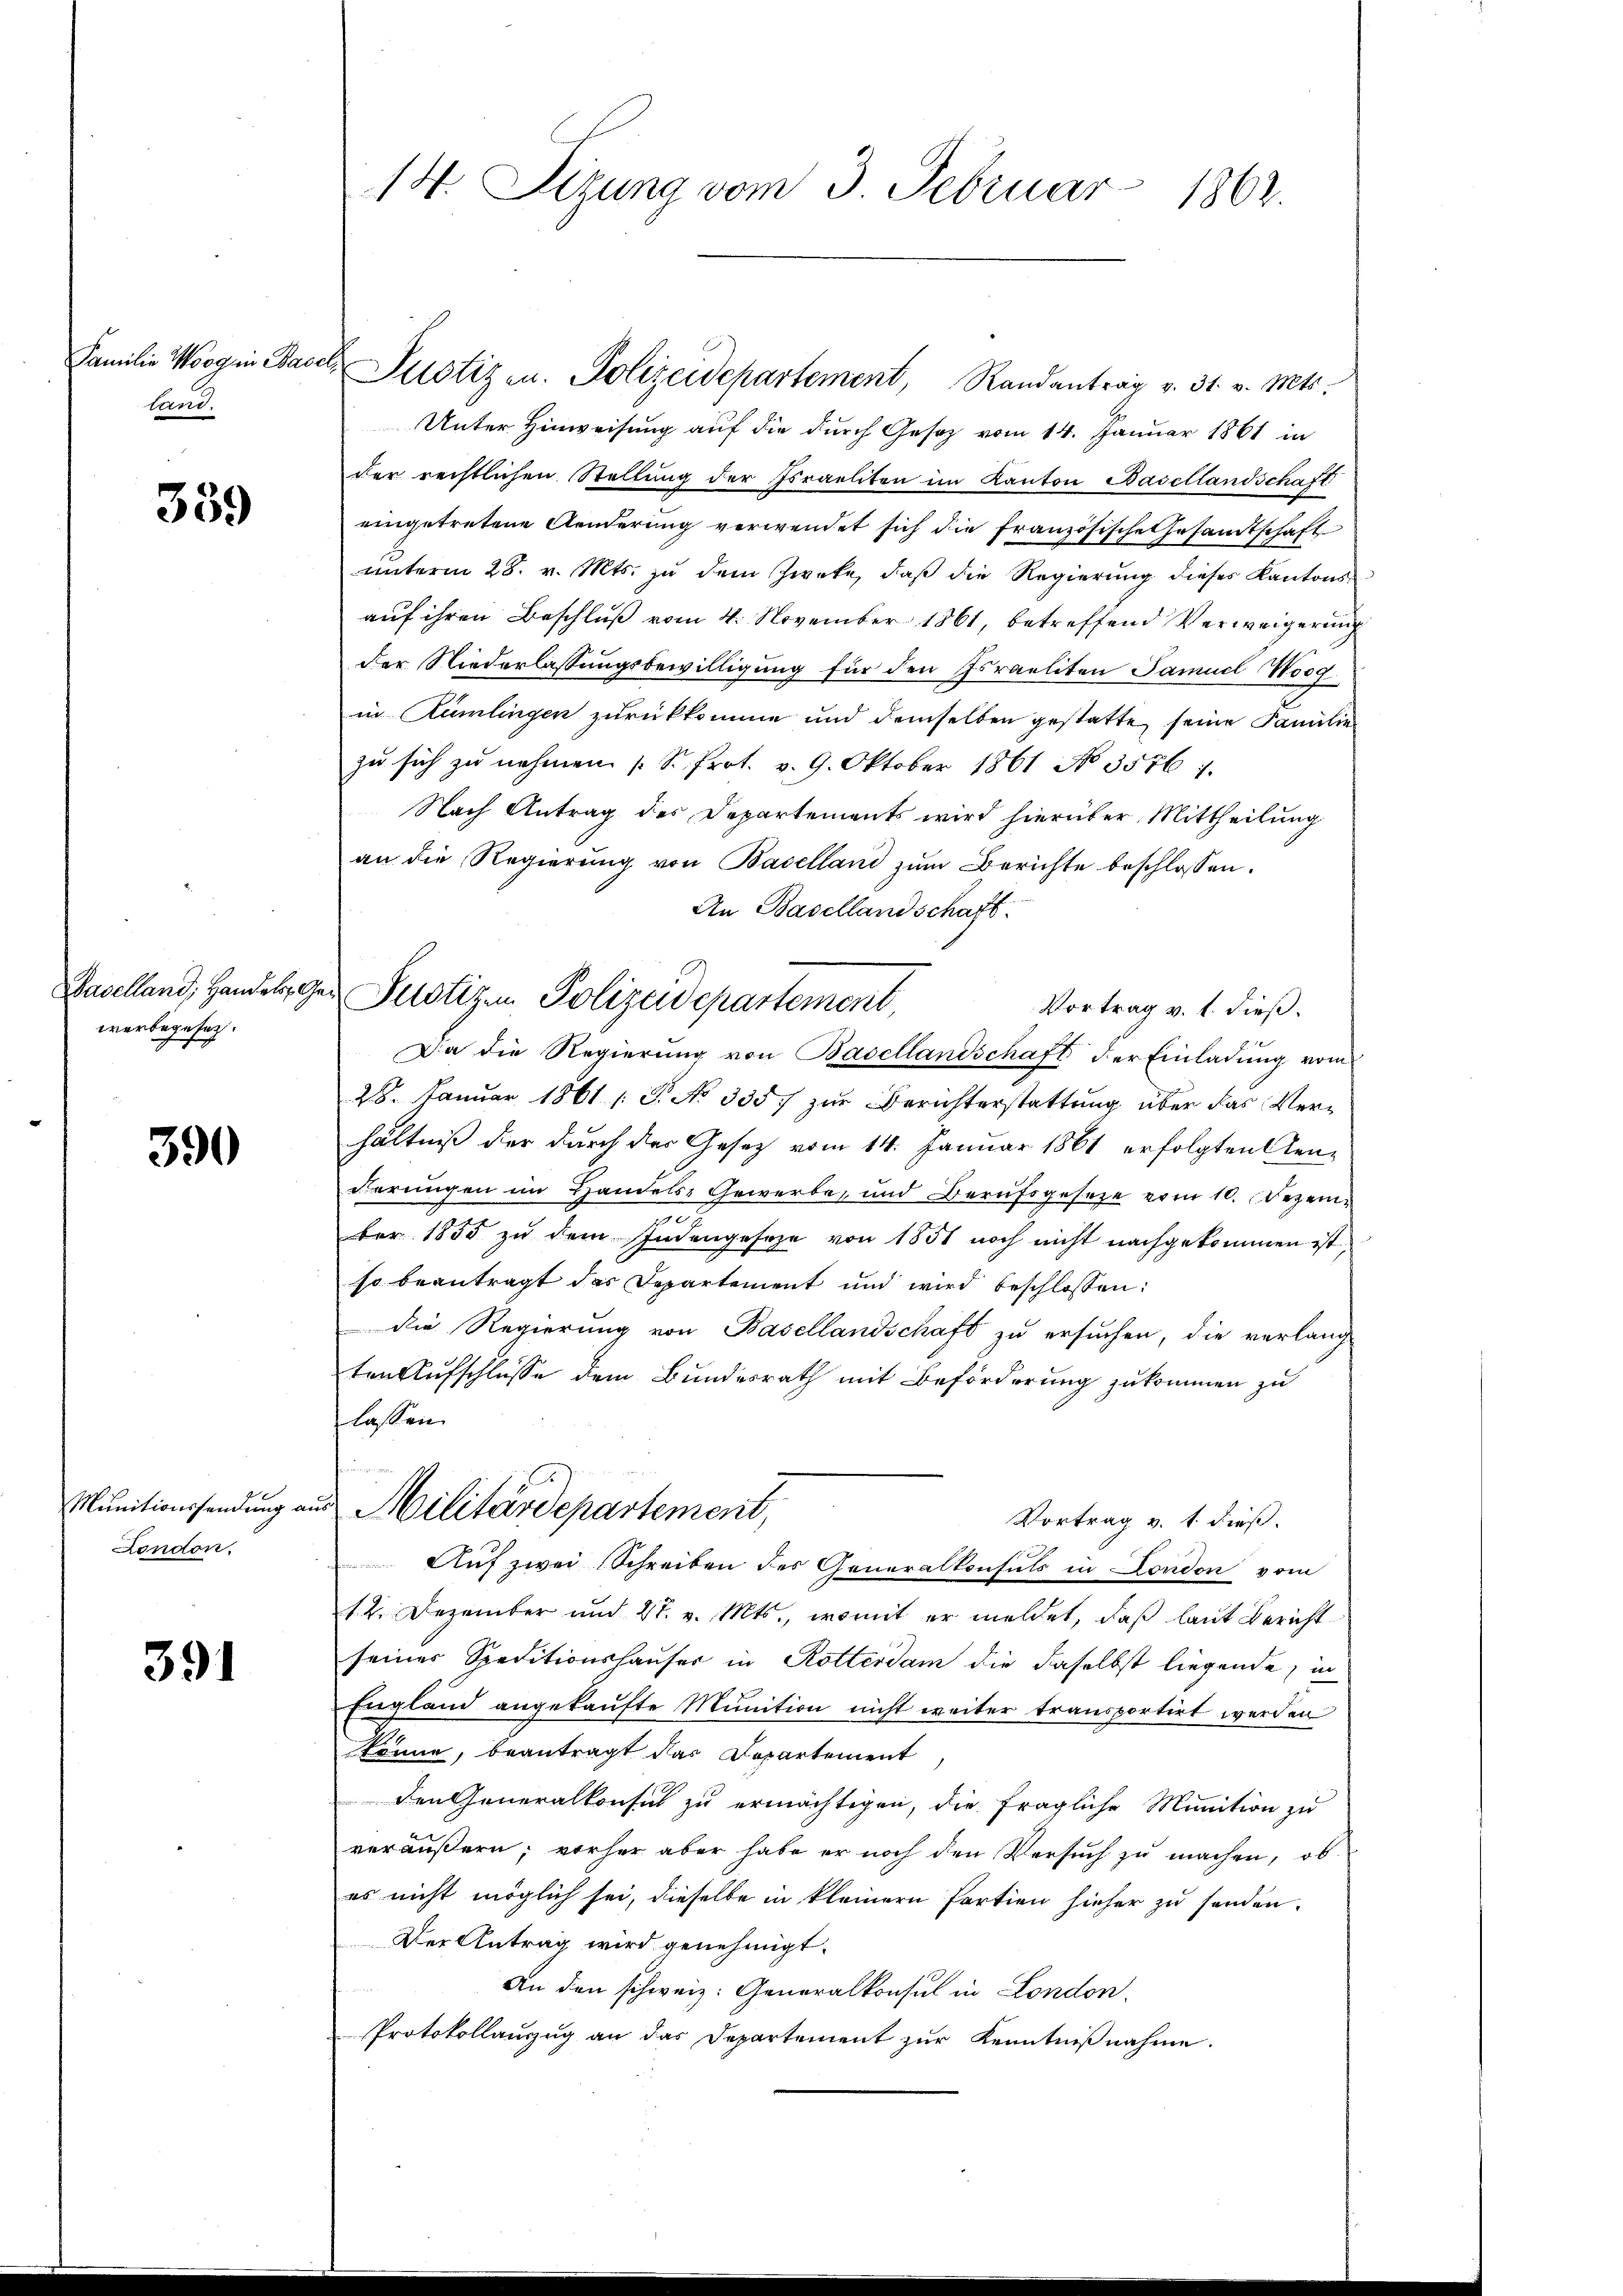
Familie Morgen Bac
land.

339

Baselland, Handels Ge
werbegesetz.

390

Munitionssendung am
London.

391

14. Sizung vom 3. Februar 1862.

u Pustiz u. Polizeidepartement, Randantrag v. 31. v. Mts.
Unter Hinweisung auf die durch Gesetz vom 14. Januar 1861 in
der rechtlichen Stellŭng der Israeliten im Kanton Basellandschaft
eingetretene Aenderung verwendet sich die französische Gesamtschaft
unterm 28. v. Mts. zu dem Zweke, daß die Regierung dieses Kantons
auf ihren Beschluß vom 4. November 1861, betreffend Verweigerung
der Niederlassungsbewilligung für den Israeliten Samuel Woog
in Rümlingen zurückkomme und demselben gestatte seine Familie
zu sich zu nehmen (S. Prot. v. 9. Oktober 1861 No 3576 1.
Nach Antrag des Departements wird hierüber Mittheilung
an die Regierung von Baselland zum Berichte beschlossen:
An Basellandschaft.
Vortrag v. 1. dieß.
Da die Regierung von Basellandschaft der Einladung vom
28. Januar 1861 /: P. No 335. zur Berichterstattung über das Verhältniß der durch der Gesetz vom 14. Januar 1861 erfolgten Kenderungen im Handels-Gewerbe, und Berufsgesetze vom 10. Dezember 1835 zu dem Indengeseze von 1851 noch nicht nachgekommen ist,
so beantragt das Departement und wird beschlossen:
Die Regierung von Basellandschaft zu ersuchen, die verlang
ten Aufschlüsse dem Bundesrath mit Beförderung zukommen zu
flassen.
Militärdepartement,
Vortrag v. 1. dieß.
Auf zwei Schreiben des Generalkonsuls in London vom
12. Dezember und 27. v. Mts., womit er meldet, daß laut Bericht
seines Speditionshauser in Rotterdam die daselbst liegende, in
England angekaufte Munition nicht weiter transportirt werden
könne, beantragt das Departement
den Generalkonsul zu ermächtigen, die fragliche Munition zu
veräußern; vorher aber habe er noch den Versuch zu machen, ob
es nicht möglich sei, dieselbe in kleinern Partien hieher zu senden.
Der Antrag wird genehmigt.
An den schweiz. Generalkonsul in London,
Protokollauszug an das Departement zur Kenntnißnahme.

e Justizen Polizeidepartement